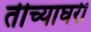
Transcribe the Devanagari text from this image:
तीच्याघरी